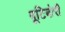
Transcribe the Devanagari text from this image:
बूटिबोरी